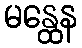
မန္ထေန